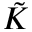
\tilde { K }